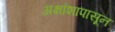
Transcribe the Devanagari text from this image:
अक्षांशापासून